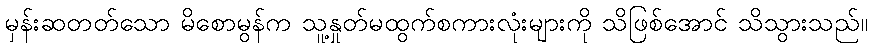
မှန်းဆတတ်သော မိစောမွန်က သူ့နှုတ်မထွက်စကားလုံးများကို သိဖြစ်အောင် သိသွားသည်။